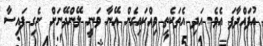
އުފައްދާފަ އެވެ. އަދި އެތަކެތި ވިއްކައިގެން އޭނާ ވަނީ ލޭންދޭނަށް ނެގި ފައިސާ